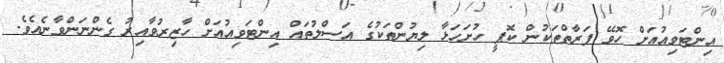
އިންޓަވިއުއަށް ހޮވޭ ފަރާތްތަކުން ކޮޕީ ހުށަހަޅާ ލިޔުންތަކުގެ އަސްލުތައް އިންޓަވިއުއަށް ހާޒިރުވާއިރު ގެންނަންވާނެއެވެ.